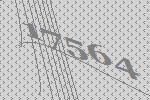
17564